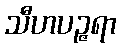
သီဟပဉ္ဇရာ